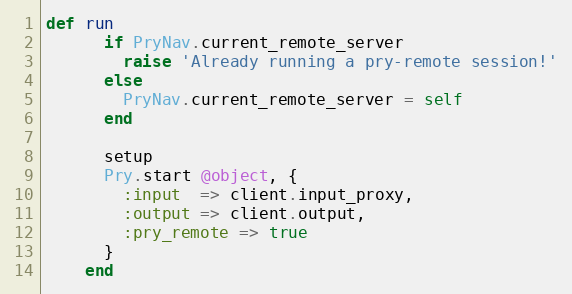
Language: Ruby
def run
      if PryNav.current_remote_server
        raise 'Already running a pry-remote session!'
      else
        PryNav.current_remote_server = self
      end

      setup
      Pry.start @object, {
        :input  => client.input_proxy,
        :output => client.output,
        :pry_remote => true
      }
    end